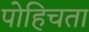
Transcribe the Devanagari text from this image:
पोहिचता